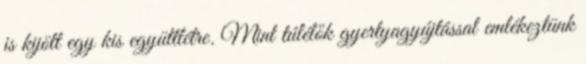
is kijött egy kis együttlétre. Mint túlélők gyertyagyújtással emlékeztünk